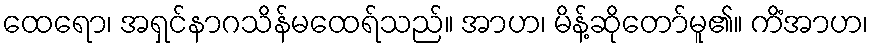
ထေရော၊ အရှင်နာဂသိန်မထေရ်သည်။ အာဟ၊ မိန့်ဆိုတော်မူ၏။ ကိံအာဟ၊